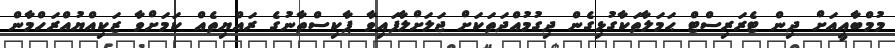
މުމްބާއީއަށް ދިން ޓެރަރިސްޓް ޙަމަލާތަކާގުޅިގެން ދިގުމުއްދަތަކަށް ޖަލަށްލާފައިވާ ޕާކިސްތާނުގެ ރައްޔިތެއް ކަމަށްވާ ޒަކިއްޔުއްރަހްމާން